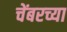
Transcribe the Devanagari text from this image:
चेंबरच्या